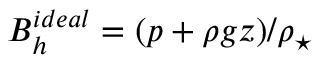
B _ { h } ^ { i d e a l } = ( p + \rho g z ) / \rho _ { \star }